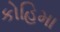
કોહિમા